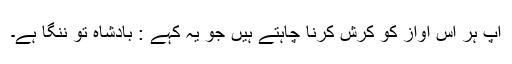
آپ ہر اس آواز کو کرش کرنا چاہتے ہیں جو یہ کہے : بادشاہ تو ننگا ہے۔